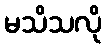
မသိသလို